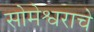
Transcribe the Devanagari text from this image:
सोमेश्वराचे